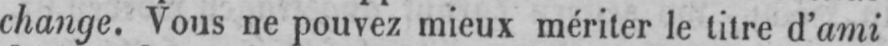
change. Vous ne pouvez mieux mériter le titre d’ami